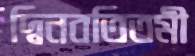
দ্বিনবতিতমী